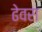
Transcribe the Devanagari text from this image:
ढेवरा